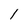
Character: l